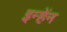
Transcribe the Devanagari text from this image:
इन्हेंन